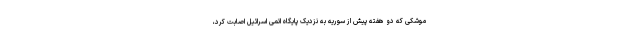
موشکی که دو هفته پیش از سوریه به نزدیک پایگاه اتمی اسرائیل اصابت کرد،